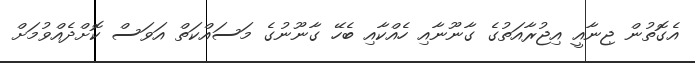
އެގޮތުން ޖިނާއީ އިޖުރާއަތުގެ ގާނޫނާއި ހެއްކާއި ބެހޭ ގާނޫނުގެ މަސައްކަތް އަވަސް ކޮށްދެއްވުމަށް